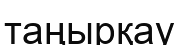
таңырқау